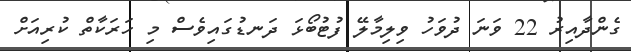
ގެންދާއިރު 22 ވަނަ ދުވަހު ވިލިމާލޭ ފުޓުބޯޅަ ދަނޑުގައިވެސް މި ހަރަކާތް ކުރިއަށް